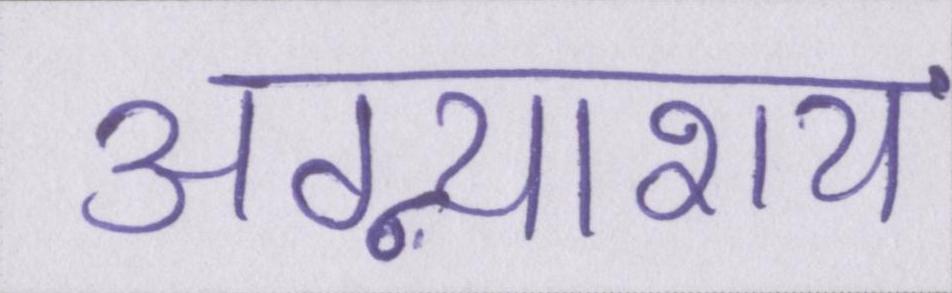
अग्न्याशय